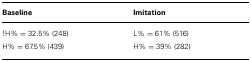
<table><thead><tr><td><b>Baseline</b></td><td><b>Imitation</b></td></tr></thead><tbody><tr><td>!H% = 32.5% (248)</td><td>L% = 61% (516)</td></tr><tr><td>H% = 67.5% (439)</td><td>H% = 39% (282)</td></tr></tbody></table>